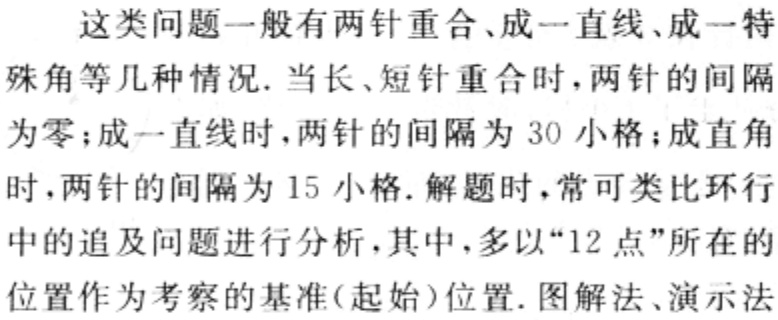
这类问题一般有两针重合、成一直线、成一特
殊角等几种情况. 当长、短针重合时，两针的间隔
为零；成一直线时，两针的间隔为 30 小格；成直角
时，两针的间隔为 15 小格. 解题时，常可类比环行
中的追及问题进行分析，其中，多以“12 点”所在的
位置作为考察的基准(起始)位置. 图解法、演示法